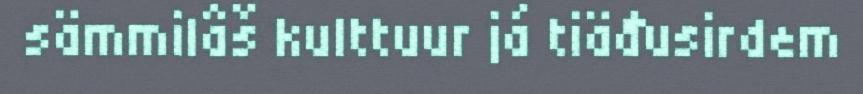
sämmilâš kulttuur já tiäđusirdem